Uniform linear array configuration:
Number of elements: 16
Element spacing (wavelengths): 0.5
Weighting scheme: kaiser
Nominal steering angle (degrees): -45
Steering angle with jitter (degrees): -43.155
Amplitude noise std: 0.05
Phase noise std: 0.05

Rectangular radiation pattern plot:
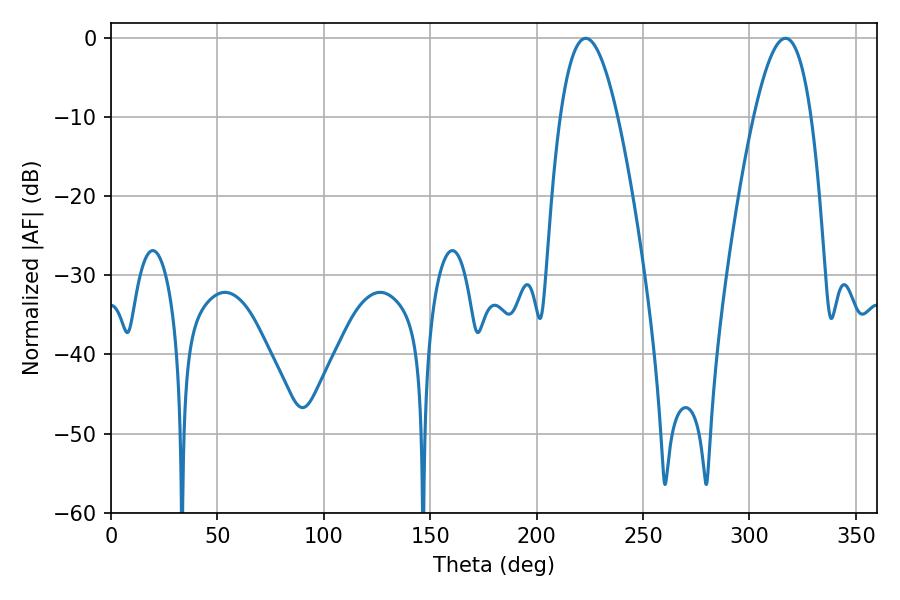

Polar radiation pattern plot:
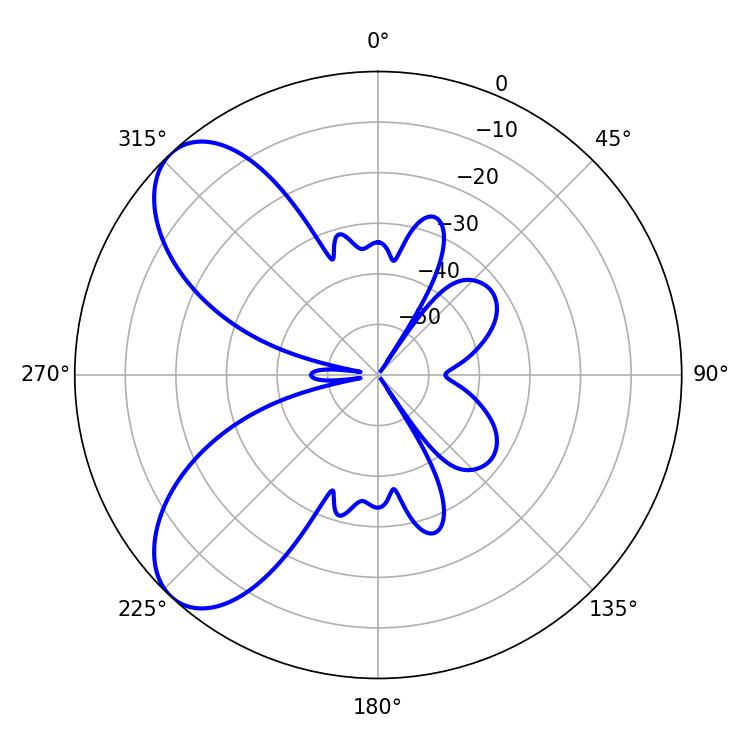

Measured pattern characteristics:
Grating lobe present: FALSE
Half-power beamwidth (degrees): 14.76
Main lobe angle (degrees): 223.02